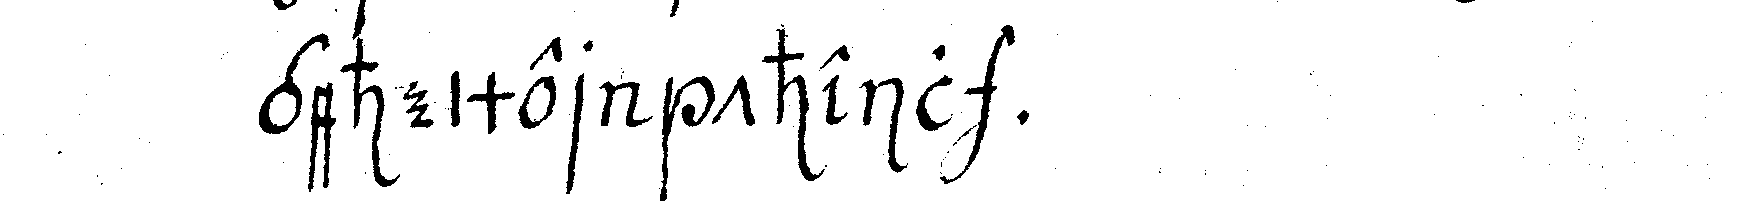
geheimer theil .